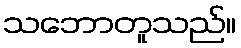
သဘောတူသည်။